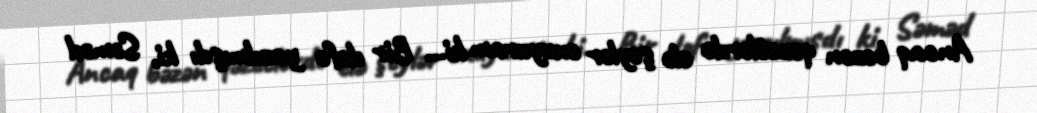
Ancaq bəzən qəzetlərdə elə şeylər oxuyuram ki... Bir dəfə yazılmışdı ki, Səməd